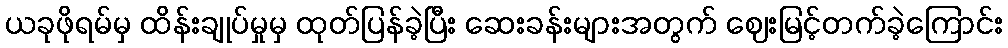
ယခုဖိုရမ်မှ ထိန်းချုပ်မှုမှ ထုတ်ပြန်ခဲ့ပြီး ဆေးခန်းများအတွက် ဈေးမြင့်တက်ခဲ့ကြောင်း